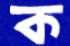
ক